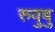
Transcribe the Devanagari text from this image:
रुवुबु